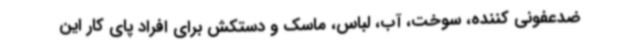
ضدعفونی کننده، سوخت، آب، لباس، ماسک و دستکش برای افراد پای کار این